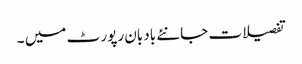
تفصیلات جانئے بادبان رپور ٹ میں ۔